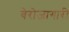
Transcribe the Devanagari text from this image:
बेरोजागारी